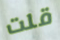
قلت